画像に写った文字を読んでください
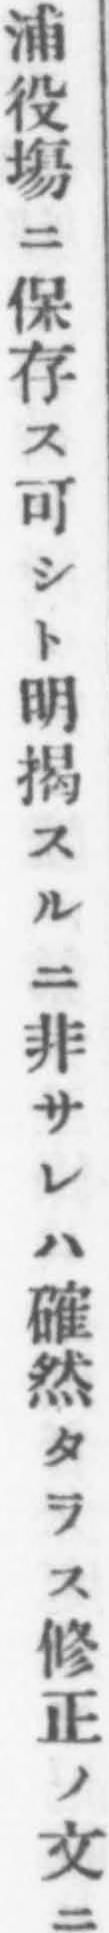
「浦役塲ニ保存ス可シト明揭スルニ非サレハ確然タラス修正ノ文ニ」と書いてあります